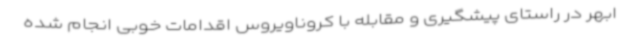
ابهر در راستای پیشگیری و مقابله با کروناویروس اقدامات خوبی انجام شده